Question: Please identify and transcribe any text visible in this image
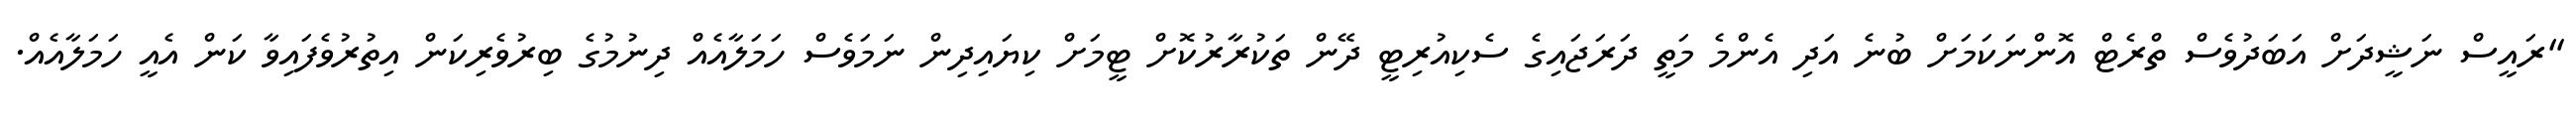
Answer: "ރައީސް ނަޝީދަށް އަބަދުވެސް ތްރެޓް އޮންނަކަމަށް ބުނެ އަދި އެންމެ މަތީ ދަރަޖައިގެ ސެކިއުރިޓީ ދޭން ތަކުރާރުކޮށް ޓީމަށް ކިޔައިދިން ނަމަވެސް ހަމަލާއެއް ދިނުމުގެ ބިރުވެރިކަން އިތުރުވެފައިވާ ކަން އެއީ ހަމަލާއެއް.